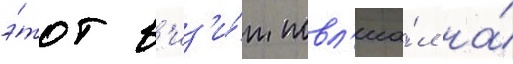
э́тот в'из'и́т повл'иа́л на́